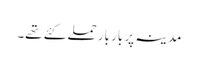
مدینہ پر بار بار حملے کئے تھے۔